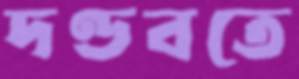
দণ্ডবতে